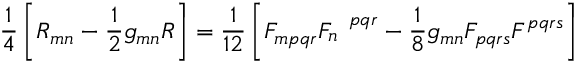
\frac { 1 } { 4 } \left[ R _ { m n } - \frac { 1 } { 2 } g _ { m n } R \right] = \frac { 1 } { 1 2 } \left[ F _ { m p q r } F _ { n } ^ { ~ ~ p q r } - \frac { 1 } { 8 } g _ { m n } F _ { p q r s } F ^ { p q r s } \right]